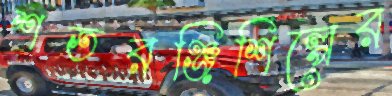
শতরঞ্জিশিল্পের